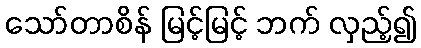
သော်တာစိန် မြင့်မြင့် ဘက် လှည့်၍